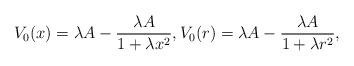
LaTeX: \begin{align*} V_0(x) = \lambda A - \frac{\lambda A}{1+\lambda x^2}, V_0(r) = \lambda A - \frac{\lambda A}{1+\lambda r^2}, \end{align*}